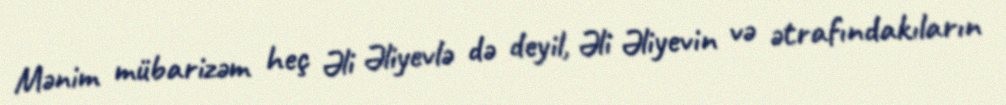
Mənim mübarizəm heç Əli Əliyevlə də deyil, Əli Əliyevin və ətrafındakıların